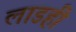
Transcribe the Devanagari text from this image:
लाडही